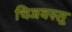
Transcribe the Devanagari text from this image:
चिजवस्तू